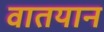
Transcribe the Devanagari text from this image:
वातयान